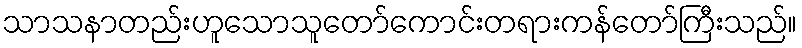
သာသနာတည်းဟူသောသူတော်ကောင်းတရားကန်တော်ကြီးသည်။